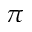
\pi